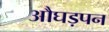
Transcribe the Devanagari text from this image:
औघड़पन